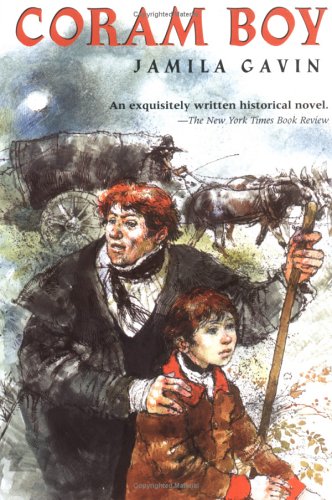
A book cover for Coram Boy; Jamila Gavin; Teen & Young Adult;